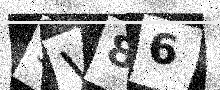
Text: 3V86